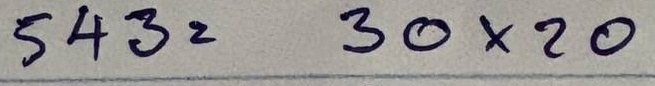
543 = 30 x 20